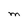
Character: M